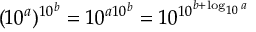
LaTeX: ( 1 0 ^ { a } ) ^ { \, \! 1 0 ^ { b } } = 1 0 ^ { a 1 0 ^ { b } } = 1 0 ^ { 1 0 ^ { b + \log _ { 1 0 } a } }